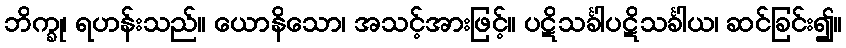
ဘိက္ခု၊ ရဟန်းသည်။ ယောနိသော၊ အသင့်အားဖြင့်။ ပဋိသင်္ခါပဋိသင်္ခါယ၊ ဆင်ခြင်း၍။